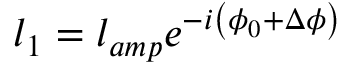
l _ { 1 } = l _ { a m p } e ^ { - i \left( \phi _ { 0 } + \Delta \phi \right) }